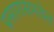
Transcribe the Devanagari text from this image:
प्रसारासमवेत